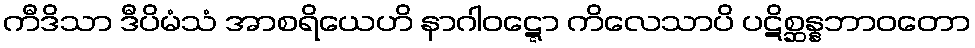
ကီဒိသာ ဒီပိမံသံ အာစရိယေဟိ နာဂါဝဋ္ဋော ကိလေသာပိ ပဋိစ္ဆန္နဘာဝတော